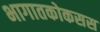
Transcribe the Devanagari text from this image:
भागातकोकसस